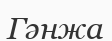
Гәнжа